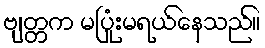
ဗျတ္တက မပြုံးမရယ်နေသည်။